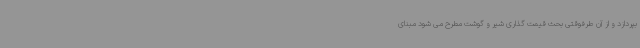
بپردازد و از آن طرفوقتی بحث قیمت گذاری شیر و گوشت مطرح می شود مبنای